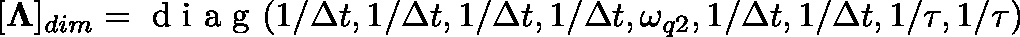
[ \mathbf { \Lambda } ] _ { d i m } = \mathrm { ~ d ~ i ~ a ~ g ~ } ( 1 / \Delta t , 1 / \Delta t , 1 / \Delta t , 1 / \Delta t , \omega _ { q 2 } , \break 1 / \Delta t , 1 / \Delta t , 1 / \tau , 1 / \tau )